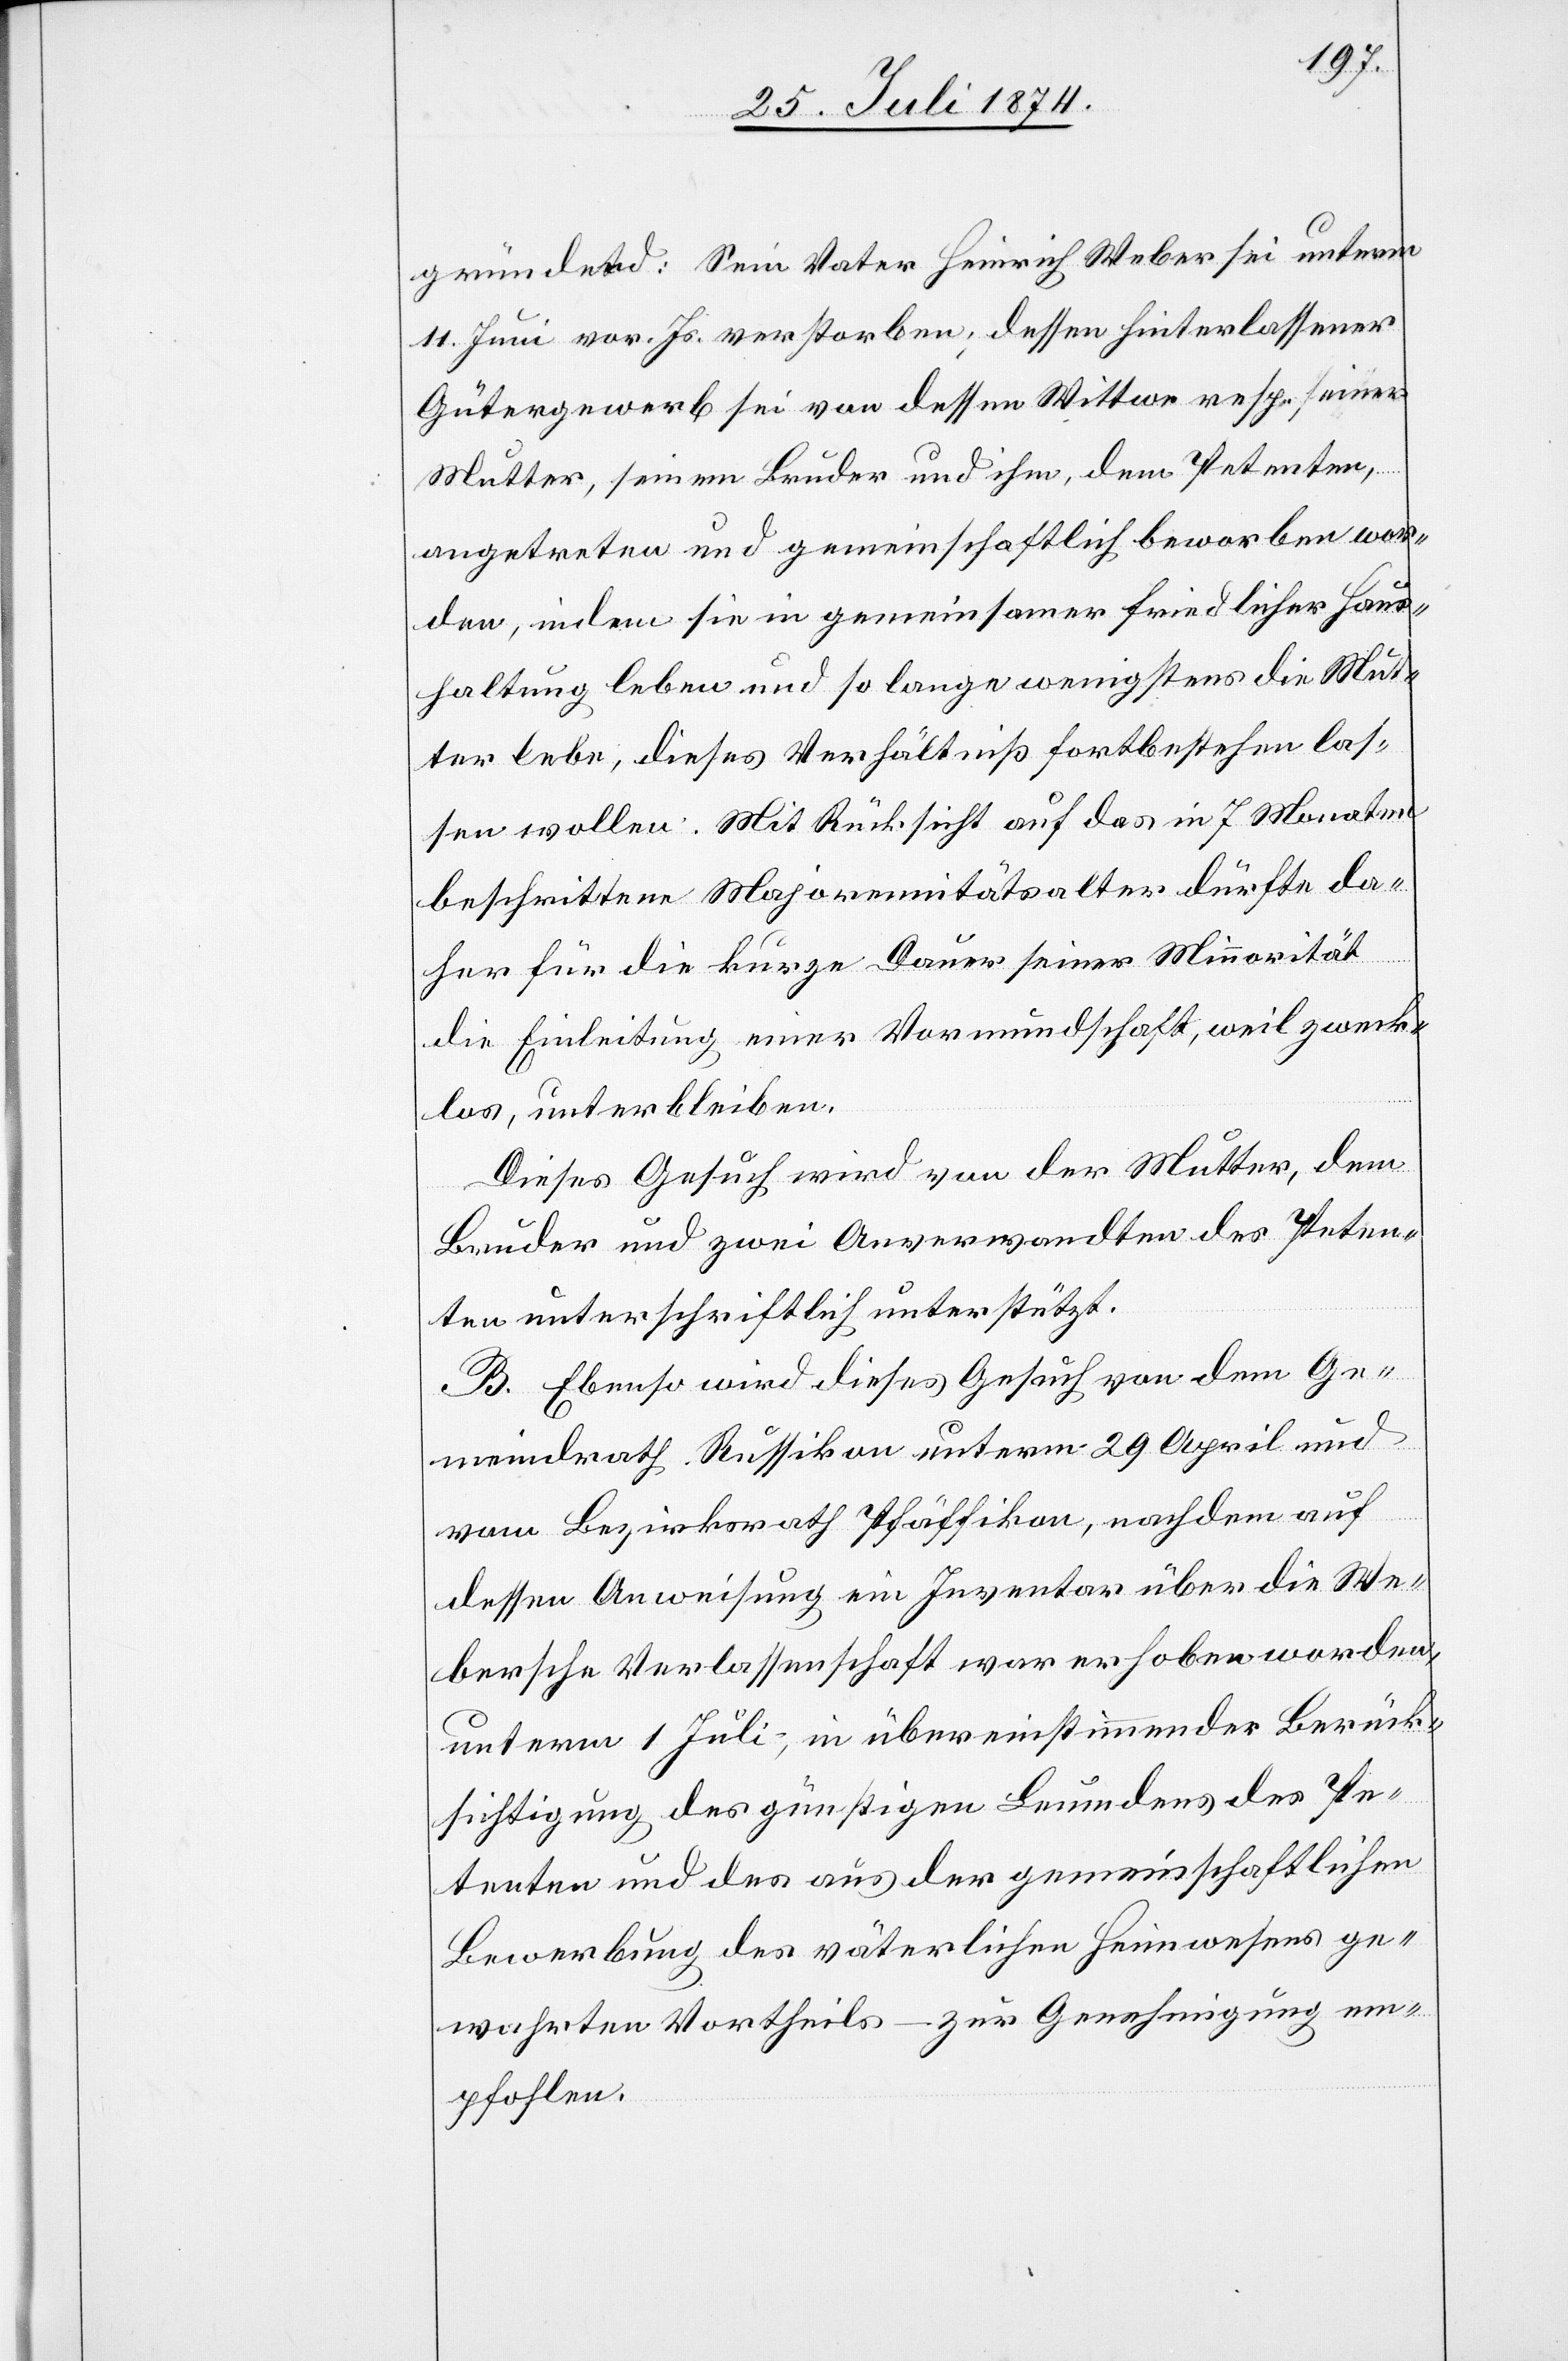
gründend: Sein Vater Heinrich Weber sei unterm
11. Juni vor. Js. verstorben; dessen hinterlassener
Gütergewerb sei von dessen Wittwe resp. seiner
Mutter, seinem Bruder und ihm, dem Petenten,
angetreten und gemeinschaftlich beworben wor¬
den, indem sie in gemeinsamer friedlicher Haus¬
haltung leben und so lange wenigstens die Mut¬
ter lebe, dieses Verhältniß fortbestehen las¬
sen wollen. Mit Rücksicht auf das in 7 Monaten
beschrittene Majoremitätsalter dürfte da¬
her für die kurze Dauer seiner Minnorität
die Einleitung einer Vormundschaft, weil zweck¬
los, unterbleiben.
Dieses Gesuch wird von der Mutter, dem
Bruder und zwei Anverwandten des Peten¬
ten unterschriftlich unterstützt.
B. Ebenso wird dieses Gesuch von dem Ge¬
meindrath Russikon unterm 29. April und
vom Bezirksrath Pfäffikon, nachdem auf
dessen Anweisung ein Inventar über die We¬
bersche Verlassenschaft war erhoben worden,
unterm 1. Juli, in übereinstimmender Berück¬
sichtigung des günstigen Leumdens des Pe¬
tenten und des aus der gemeinschaftlichen
Bewerbung des väterlichen Heimwesens ge¬
wahrten Vortheils – zur Genehmigung em¬
pfohlen.